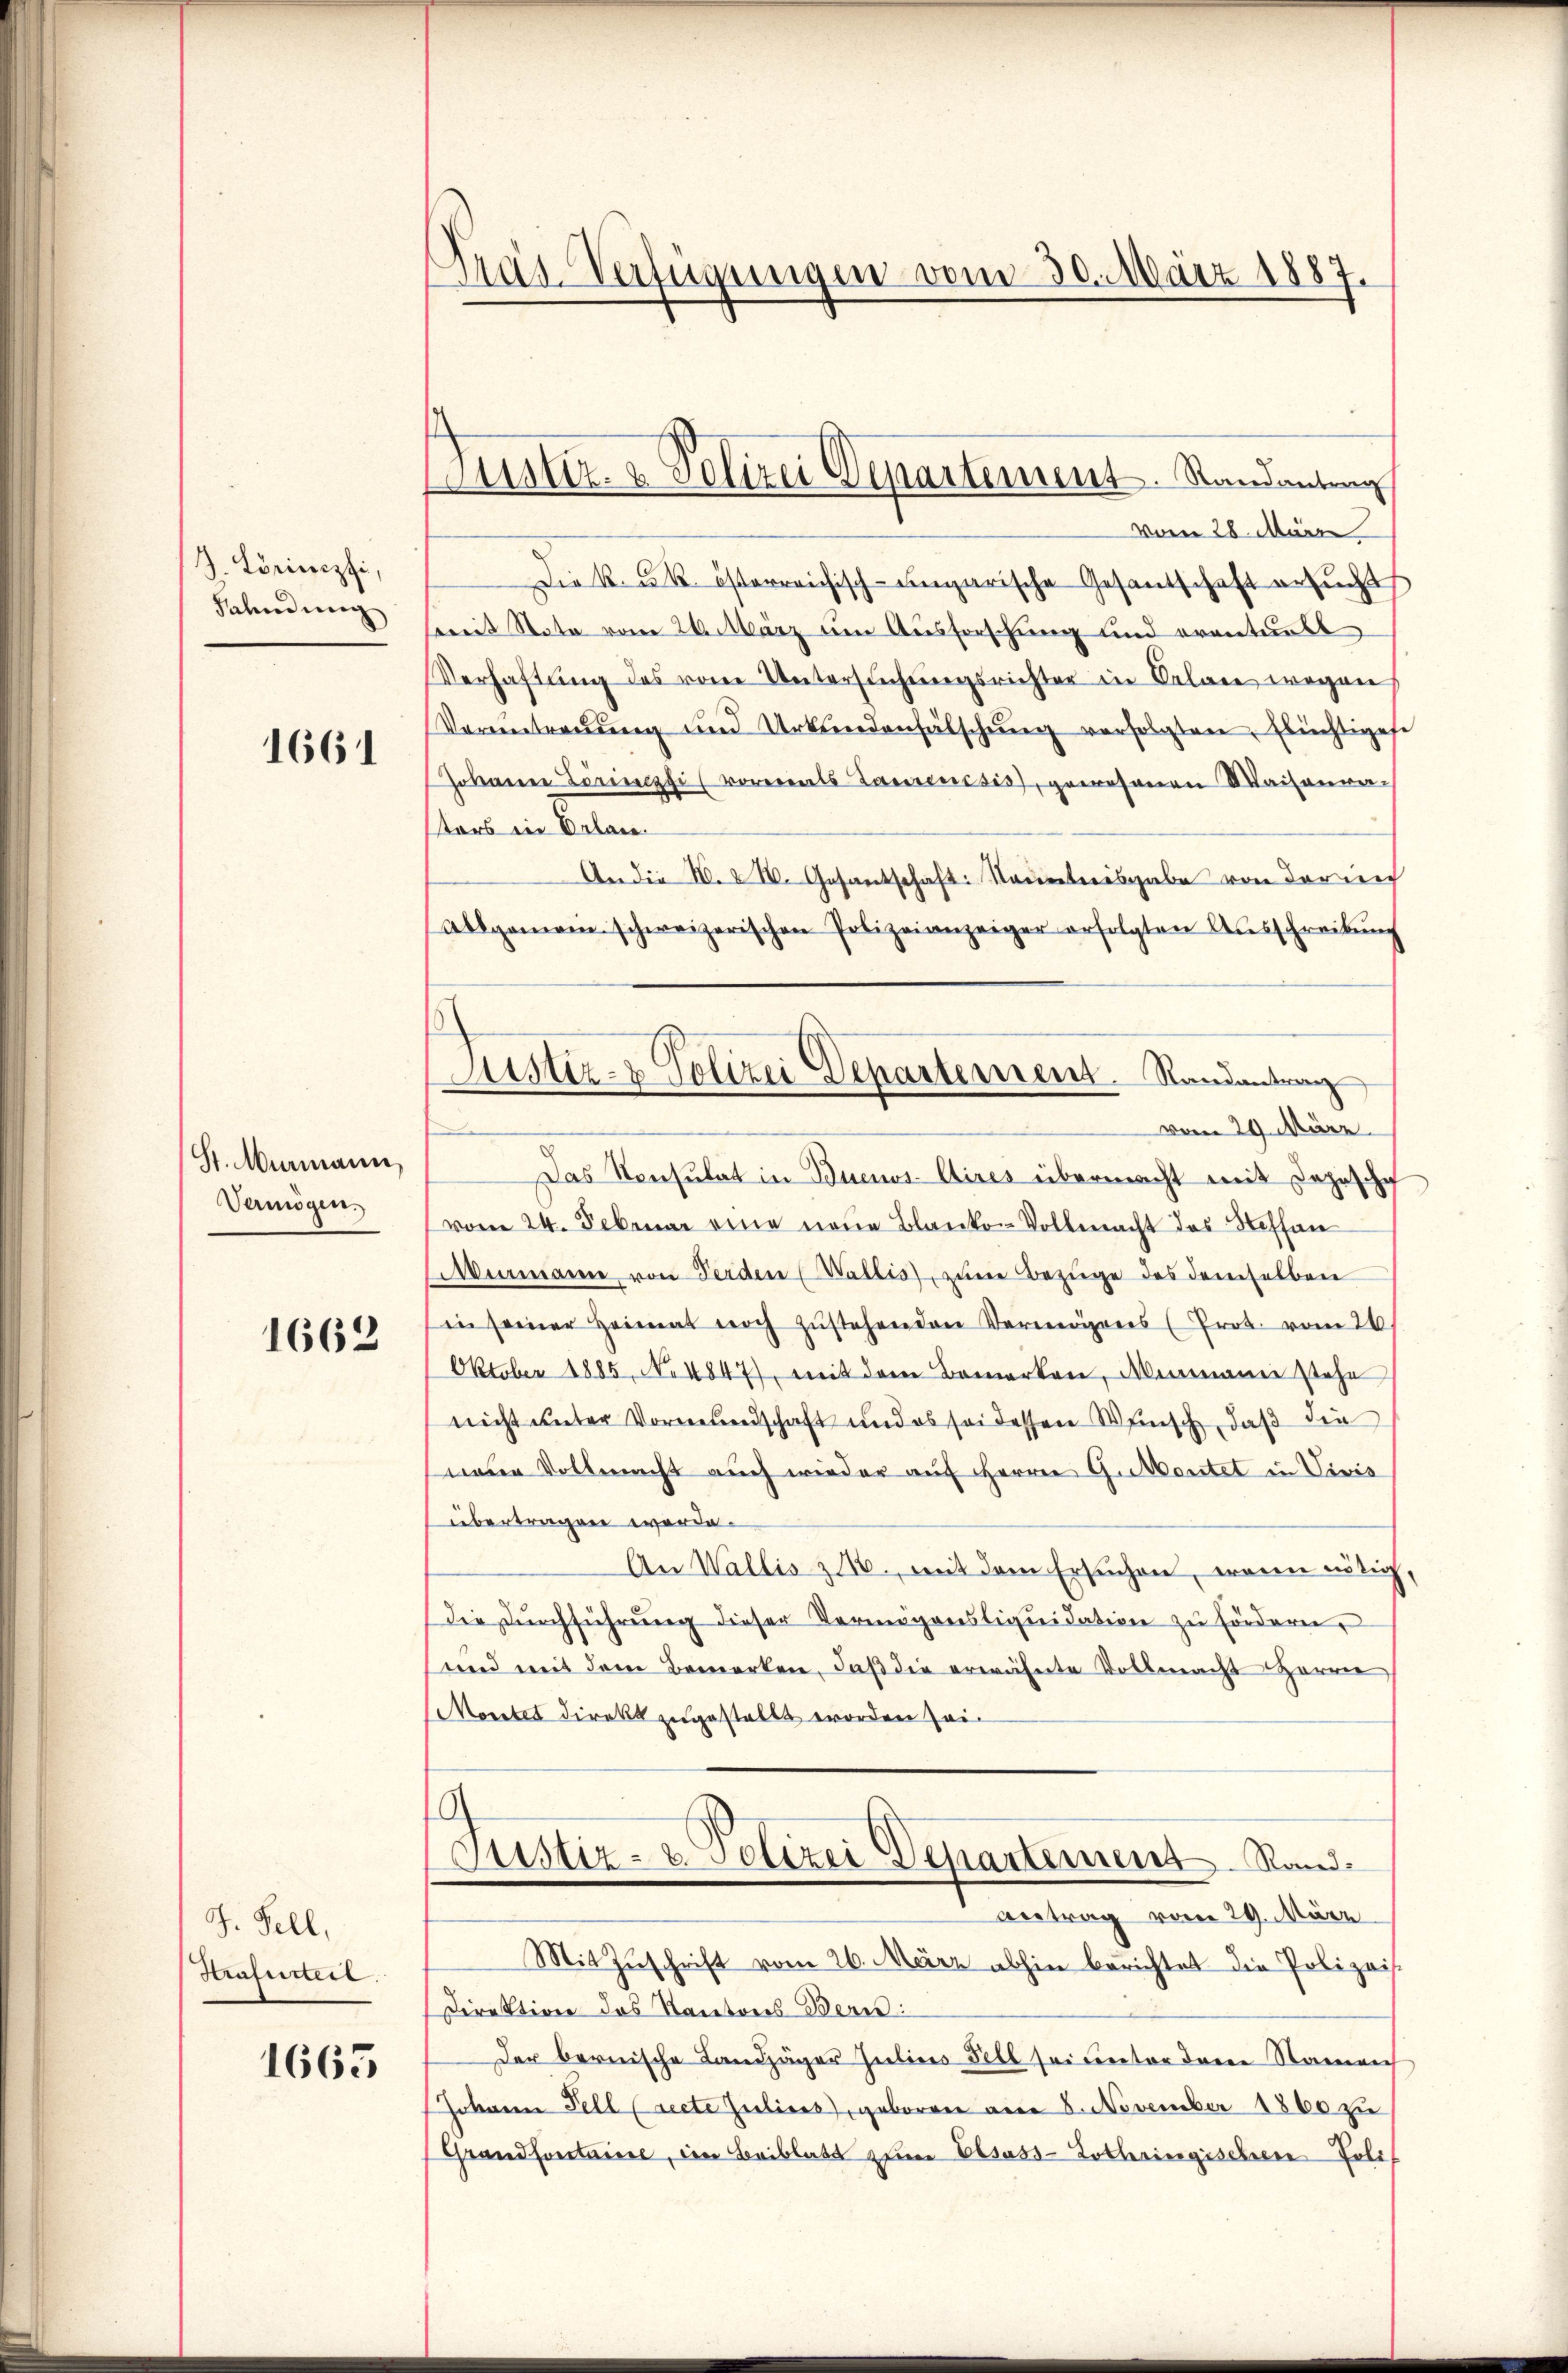
J. Lörimpfi,
Fahndung

1661

St. Murmann,
Vermögen.

1662

J. Fell,
Strafurteil.

1663

Gräs-Verfügungen vom 30. März 1887.

Justiz- & Polizei Departement. Randantung

vom 28. März
Die k. k. österreichisch-ungarische Gesantschaft ersŭcht
breit Stata vom 26. März um Ausforschung und eventurst
Verhaftŭng des vom Untersŭchŭngsrichter in Oelare wegen
Verantreuung und Urkundenfälschŭng verfolgten, Elüchtigese
Johann Löringfi vormals Sanenesis, gewesenen Waisenre-
sters in Erlan
An die N. 21. Gesantschaft: Nauerteisgabe von der nich
Allgemein schweizerischen Polizeianzeiger erfolgten Aŭsschreiben
Das Konsulat in Buenos-Aires übermacht mit Depesche
vom 24. Februar eine neue Blanko-Vollmacht das Steffan
Wermann von Ferden (Wallis, zum Bezüge des demselben
in seiner Heimat noch zŭstehenden Vermögens (Prot. vom 26.
Oktober 1885, No 4847), mit dem Bemerken, Menmann stehe
nicht unter Vormundschaft und es sei dessen Wunsch, daß die
neue Vollmacht auch wieder auf Herrn Grortet in Vivis
übertragen werde.
An Wallis z 1., mit dem Ersuchen, wenn nötig
Die Dŭrchführŭng dieser Vermögensliquidation zu fördern,
und mit dem Bemerken, daß die erwähnte Vollmacht Herrn
Monates Direkt zugestellt worden sei.
.
Justiz- & Polizei Departement Rand¬
Antrag vom 29. März
Mit Zuschrift vom 26. März abhin berichtet die Polizei-
Direktion des Kantons-Bern:
Der bernische Landjäger Julias Fell sei Rector denen Stammenh
Johann Fell (recte Julius, geboren am 8. November 1860 zu
Grand hotel, den Beiblatt zu Elsass-Lothringischeere Poli

Justiz- & Polizei Departement. Randantrag
vom 29. März.